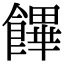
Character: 饆